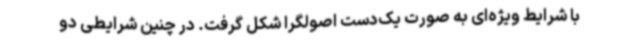
با شرایط ویژه‌ای به صورت یک‌دست اصولگرا شکل گرفت. در چنین شرایطی دو